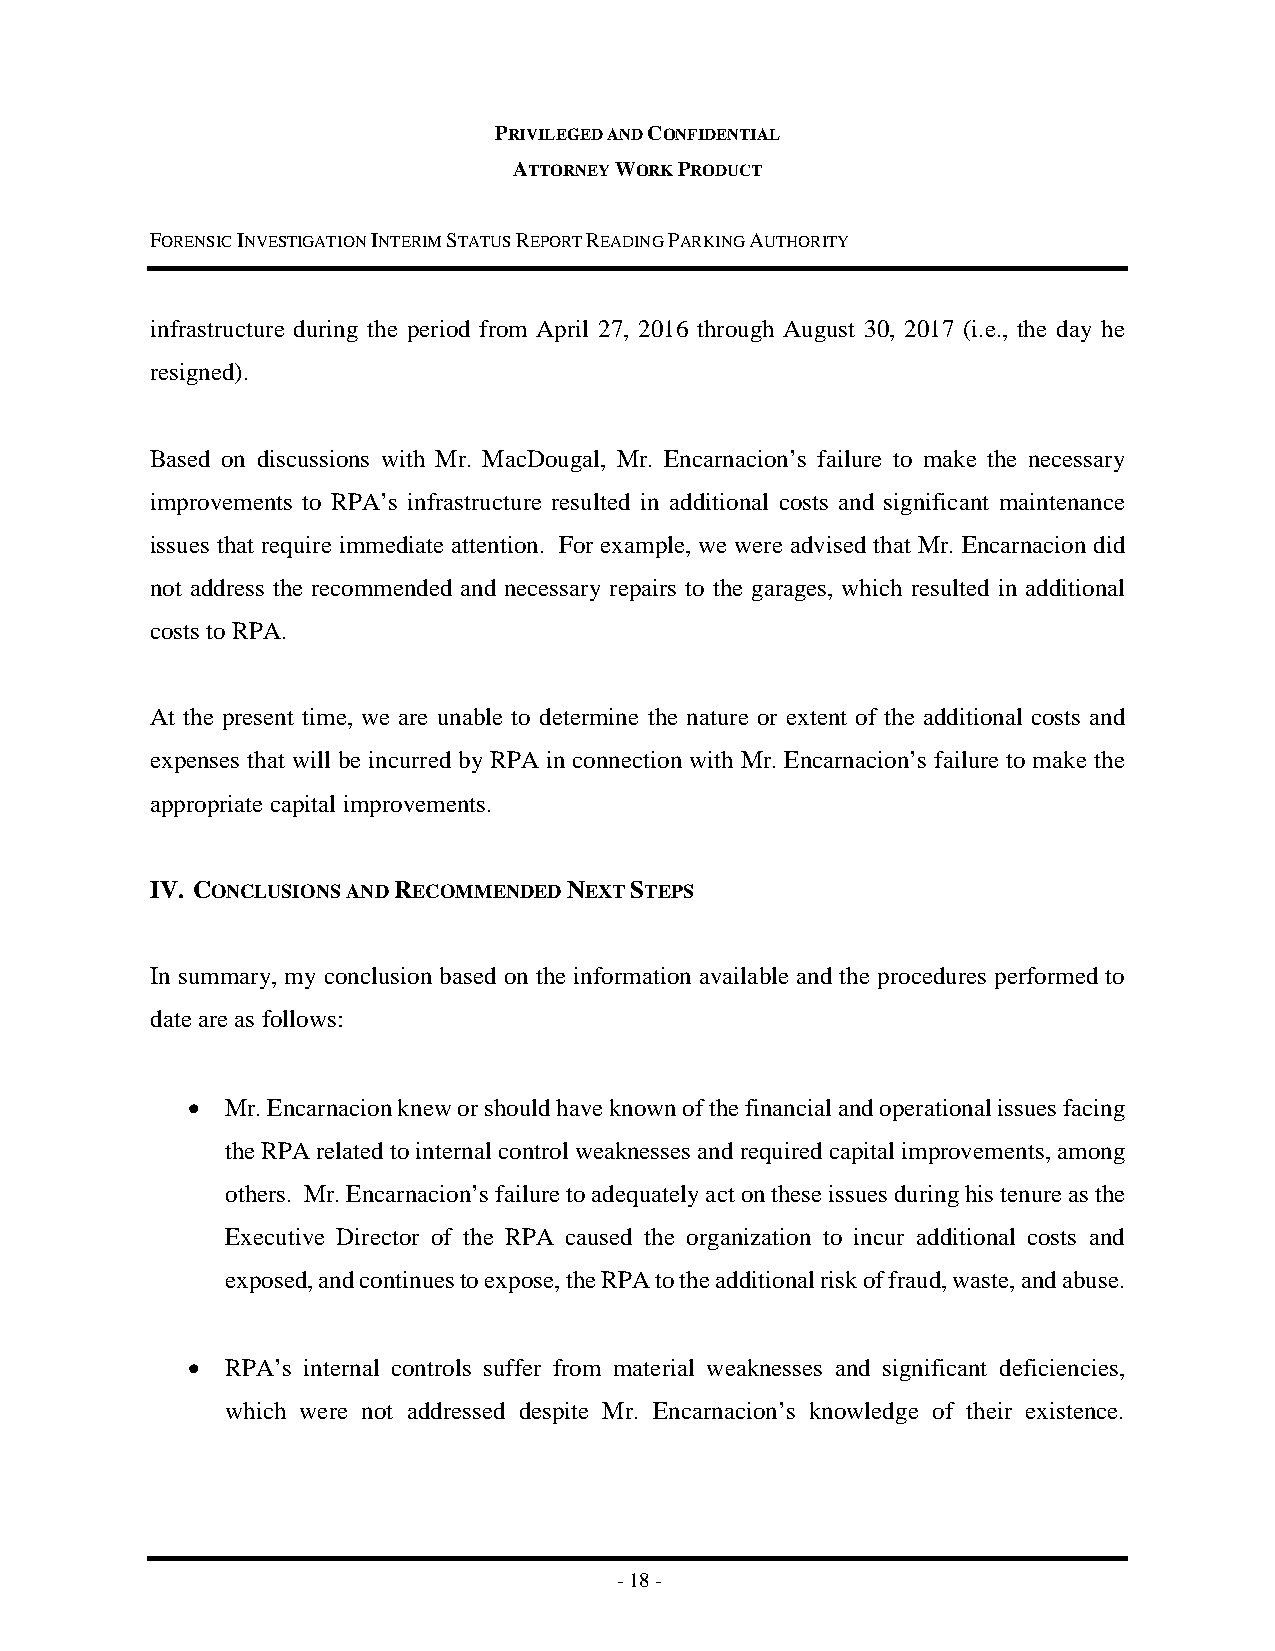
PRIVILEGED AND CONFIDENTIAL
 ATTORNEY WORK PRODUCT
 FORENSIC INVESTIGATION INTERIM STATUS REPORT READING PARKING AUTHORITY
 infrastructure during the period from April 27, 2016 through August 30, 2017 (i.e., the day he
 resigned).
 Based on discussions with Mr. MacDougal, Mr. Encarnacion’s failure to make the necessary
 improvements to RPA’s infrastructure resulted in additional costs and significant maintenance
 issues that require immediate attention. For example, we were advised that Mr. Encarnacion did
 not address the recommended and necessary repairs to the garages, which resulted in additional
 costs to RPA.
 At the present time, we are unable to determine the nature or extent of the additional costs and
 expenses that will be incurred by RPA in connection with Mr. Encarnacion’s failure to make the
 appropriate capital improvements.
 IV. CONCLUSIONS AND RECOMMENDED NEXT STEPS
 In summary, my conclusion based on the information available and the procedures performed to
 date are as follows:
 •  Mr. Encarnacion knew or should have known of the financial and operational issues facing
 the RPA related to internal control weaknesses and required capital improvements, among
 others. Mr. Encarnacion’s failure to adequately act on these issues during his tenure as the
 Executive Director of the RPA caused the organization to incur additional costs and
 exposed, and continues to expose, the RPA to the additional risk of fraud, waste, and abuse.
 •  RPA’s internal controls suffer from material weaknesses and significant deficiencies,
 which were not addressed despite Mr. Encarnacion’s knowledge of their existence.
 - 18 -